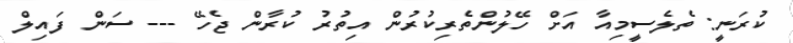
ކުރަނީ: ތެލެސީމިއާ އަށް ހޭލުންތެރިކުރުން އިތުރު ކުރާން ޖެހޭ --- ސަން ފައިލް